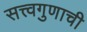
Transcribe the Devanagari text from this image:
सत्त्वगुणाची